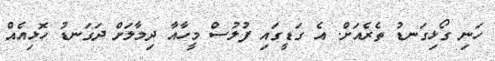
ހަނި ގޯޅިގަނޑު ތެރެއަށް. އެ ގަޑީގައި ފުލުސް މީހާއާ ދިމާލަށް ދަގަނޑު ހޮޅިއެއް